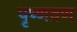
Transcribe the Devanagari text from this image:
पृष्णव्रण